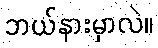
ဘယ်နားမှာလဲ။